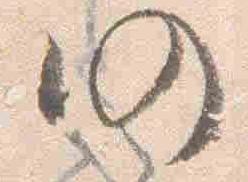
仍